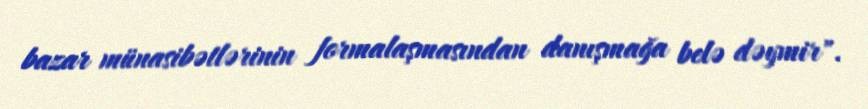
bazar münasibətlərinin formalaşmasından danışmağa belə dəymir".